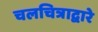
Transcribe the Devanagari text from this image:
चलचित्राद्वारे